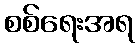
စစ်ရေးအရ